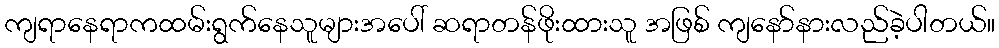
ကျရာနေရာကထမ်းရွက်နေသူများအပေါ် ဆရာတန်ဖိုးထားသူ အဖြစ် ကျနော်နားလည်ခဲ့ပါတယ်။